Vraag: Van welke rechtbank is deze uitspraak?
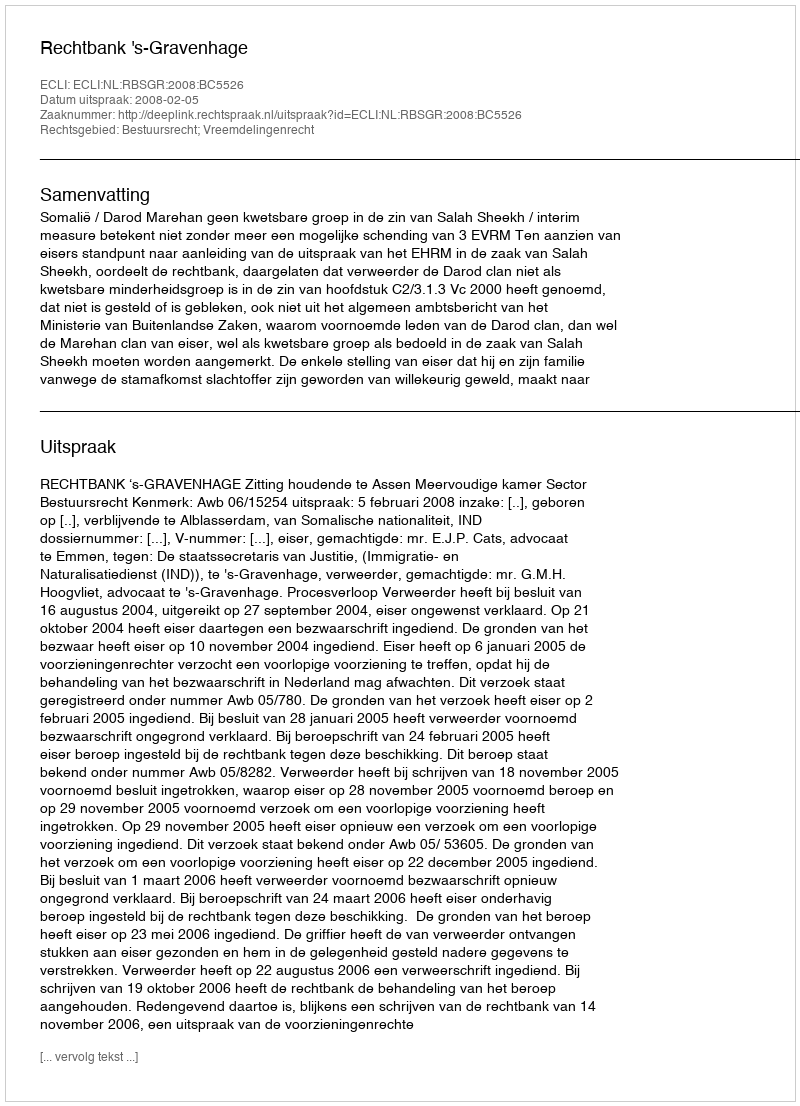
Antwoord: Rechtbank 's-Gravenhage